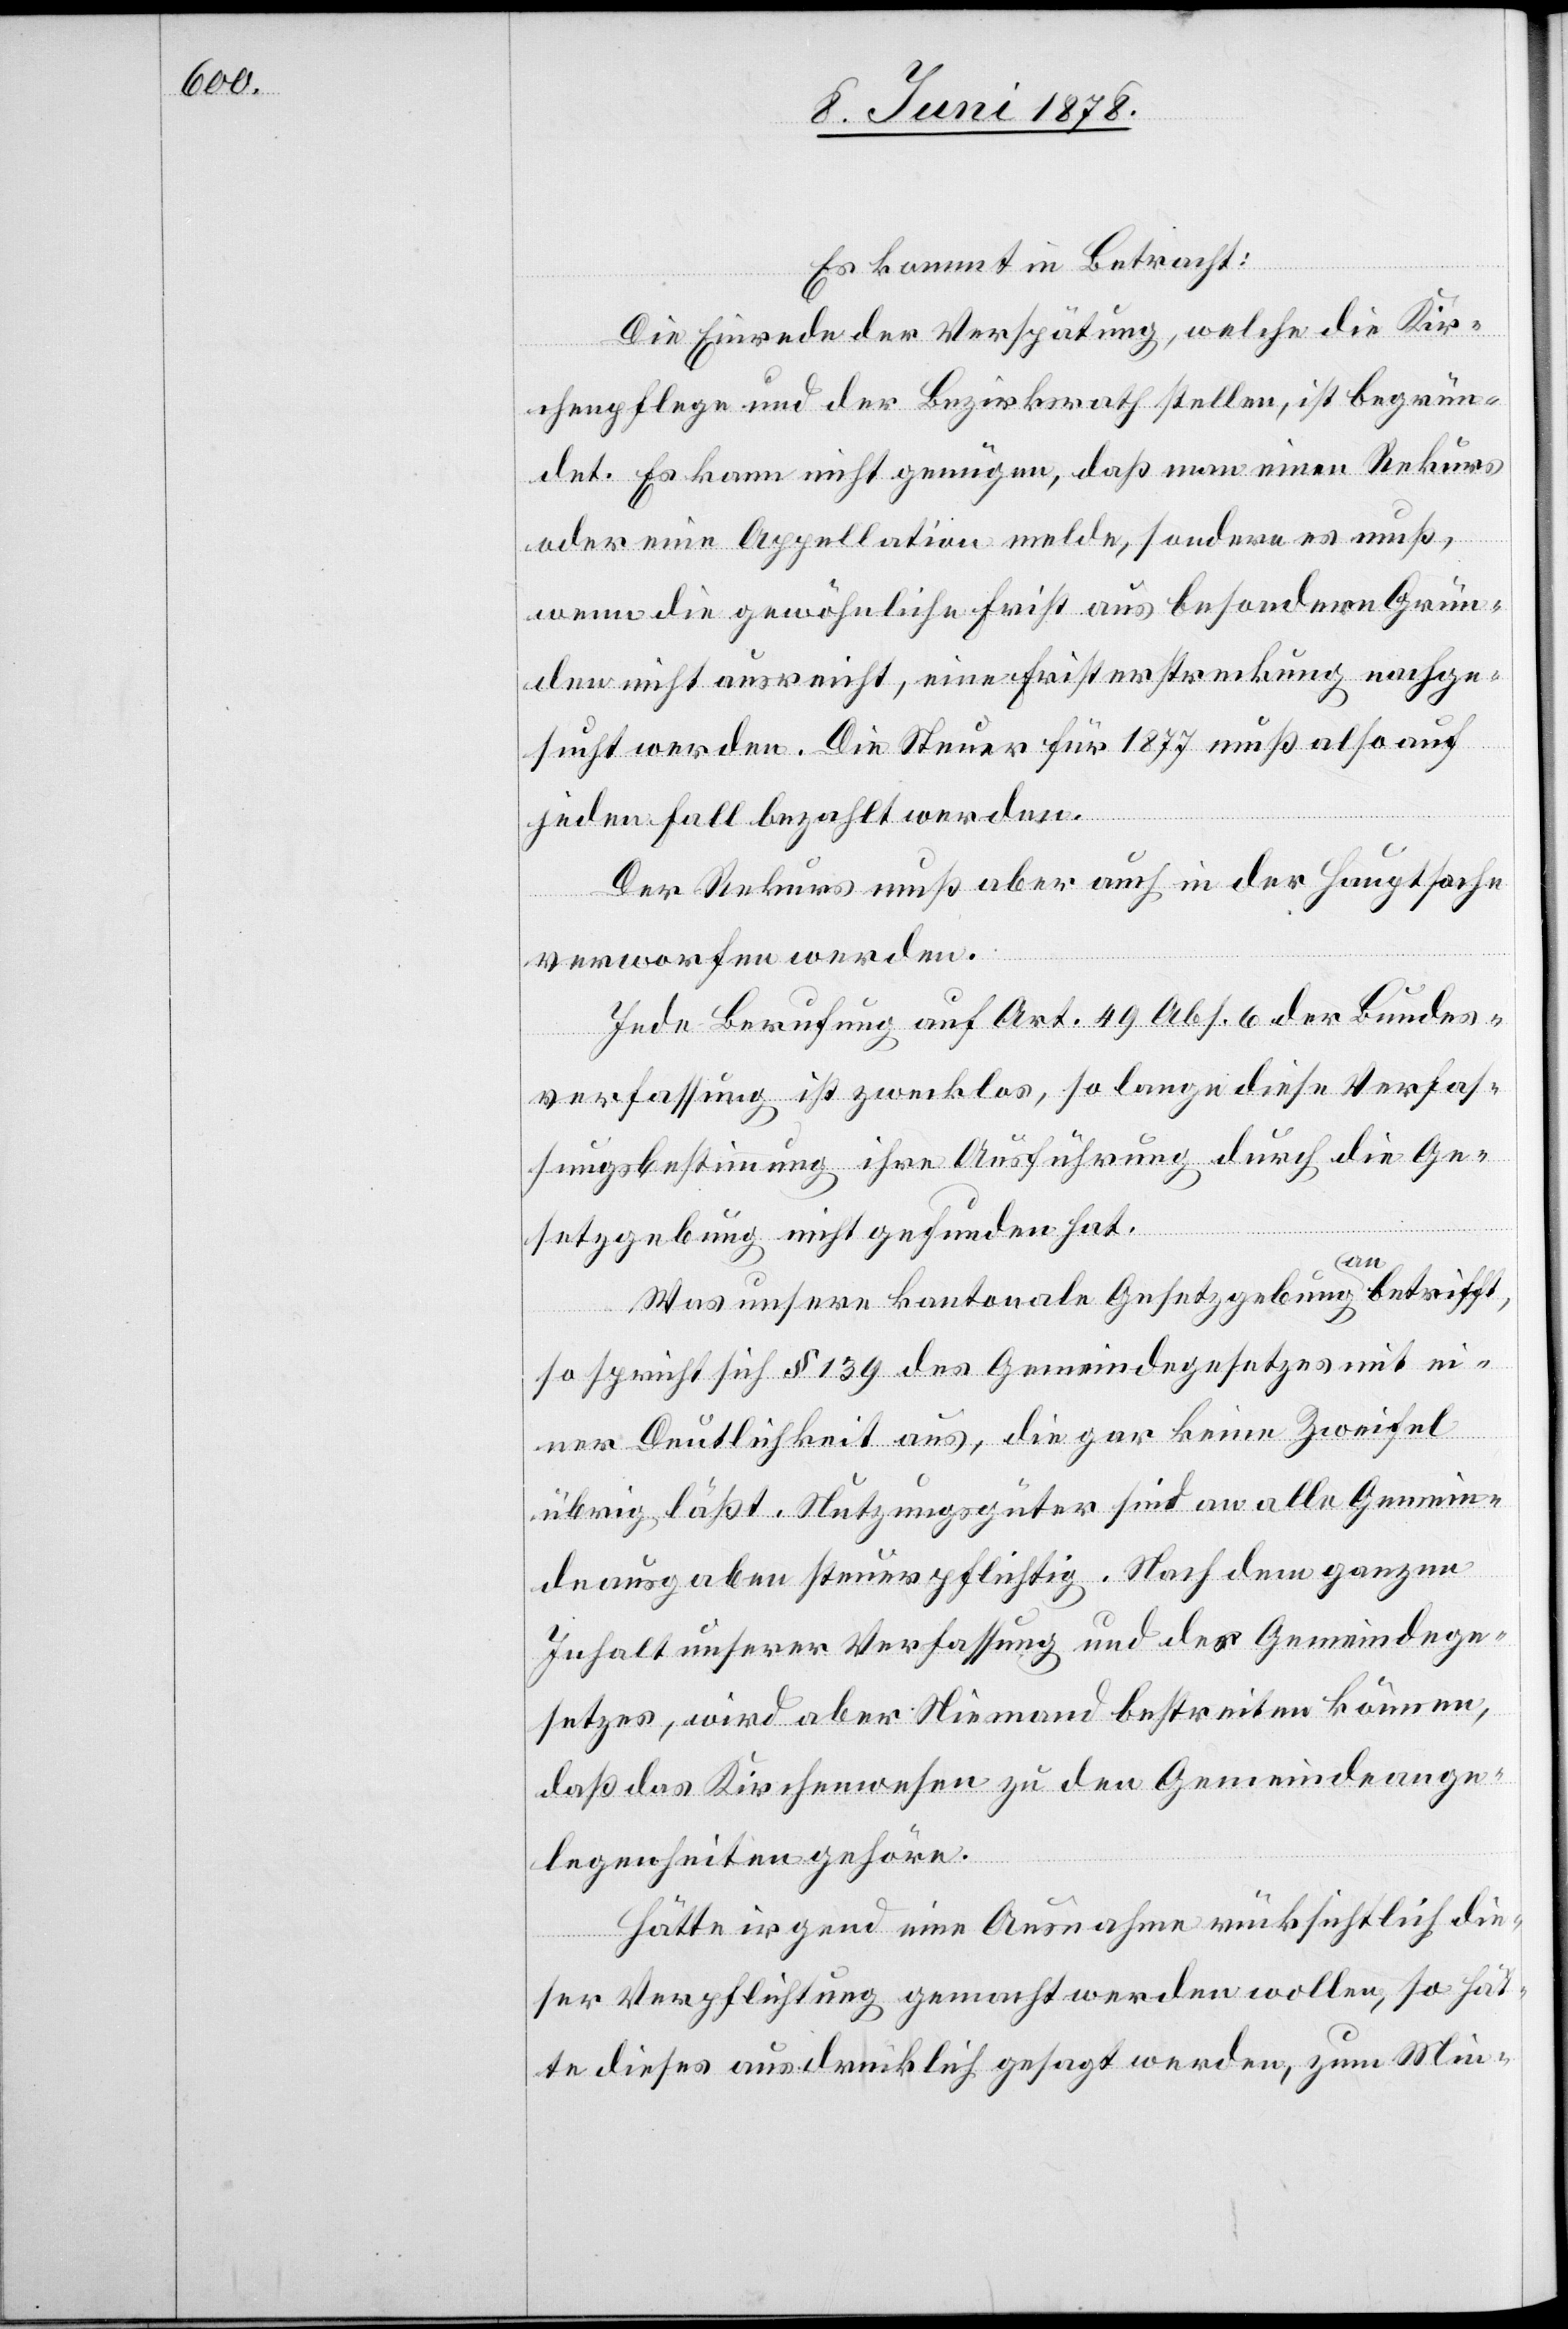
Es kommt in Betracht:
Die Einrede der Verspätung, welche die Kir¬
chenpflege und der Bezirksrath stellen, ist begrün¬
det. Es kann nicht genügen, daß man einen Rekurs
oder eine Appellation melde, sondern es muß,
wenn die gewöhnliche Frist aus besondern Grün¬
den nicht ausreicht, eine Fristerstreckung nachge¬
sucht werden. Die Steuer für 1877 muß also auf
jeden Fall bezahlt werden.
Der Rekurs muß aber auch in der Hauptsache
verworfen werden.
Jede Berufung auf Art. 49 Abs. 6 der Bundes¬
verfassung ist zwecklos, so lange diese Verfas¬
sungsleistung ihre Ausführung durch die Ge¬
setzgebung nicht gefunden hat.
Was unsere kantonale Gesetzgebung anbetrifft,
so spricht sich § 139 des Gemeindegesetzes mit ei¬
ner Deutlichkeit aus, die gar keine Zweifel
übrig läßt. Nutzungsgüter sind an alle Gemein¬
deausgaben steuerpflichtig. Nach dem ganzen
Inhalt unserer Verfassung und des Gemeindege¬
setzes, wird aber Niemand bestreiten können,
daß das Kirchenwesen zu den Gemeindeange¬
legenheiten gehöre.
Hätte irgend eine Ausnahme rücksichtlich die¬
ser Verpflichtung gemacht werden wollen, so hät¬
te dieses ausdrücklich gesagt werden, zum Min-